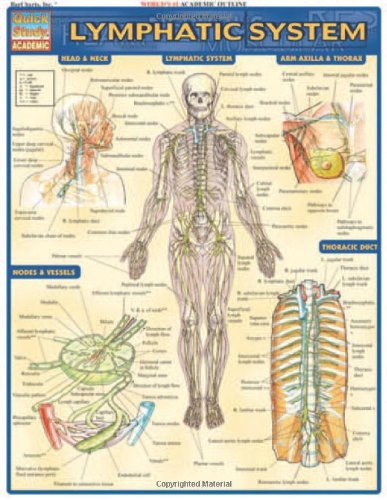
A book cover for Lymphatic System (Medical Series); Inc. BarCharts; Medical Books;